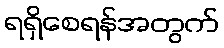
ရရှိစေရန်အတွက်